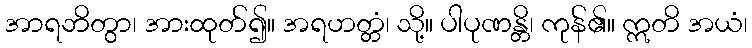
အာရဘိတွာ၊ အားထုတ်၍။ အရဟတ္တံ၊ သို့။ ပါပုဏန္တိ၊ ကုန်၏။ ဣတိ အယံ၊